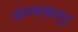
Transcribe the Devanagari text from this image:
जंगवाहादुर